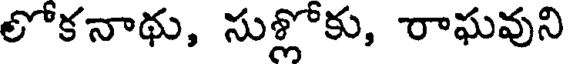
లోకనాథు, సుళ్లోకు, రాఘవుని